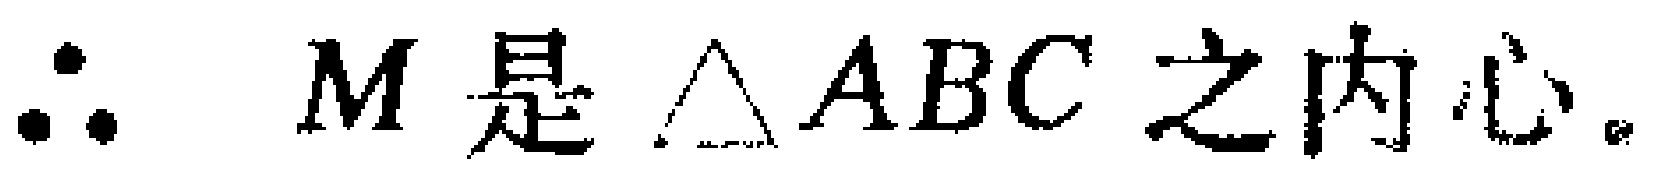
\(\therefore M是\triangle ABC之内心。\)